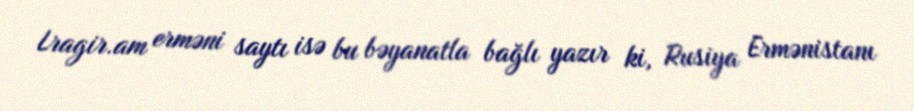
Lragir.am erməni saytı isə bu bəyanatla bağlı yazır ki, Rusiya Ermənistanı